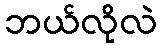
ဘယ်လိုလဲ